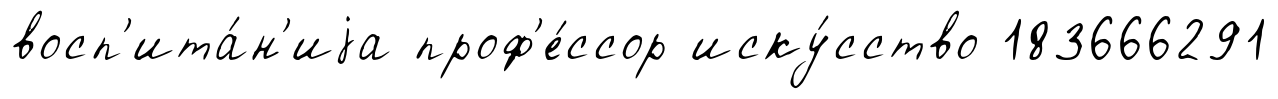
восп'ита́н'иjа проф'е́ссор иску́сство 183666291